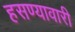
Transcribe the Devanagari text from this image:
हसण्यावारी